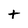
Character: t